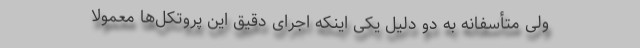
ولی متأسفانه به دو دلیل یکی اینکه اجرای دقیق این پروتکل‌ها معمولاً